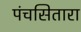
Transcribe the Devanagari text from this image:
पंचसितारा